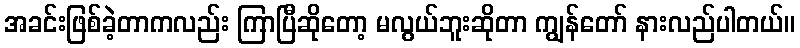
အခင်းဖြစ်ခဲ့တာကလည်း ကြာပြီဆိုတော့ မလွယ်ဘူးဆိုတာ ကျွန်တော် နားလည်ပါတယ်။